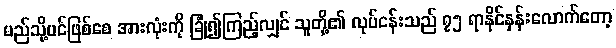
မည်သို့ပင်ဖြစ်စေ အားလုံးကို ခြုံ၍ကြည့်လျှင် သူတို့၏ လုပ်ငန်းသည် ၇၅ ရာနိုင်နှန်းလောက်တော့